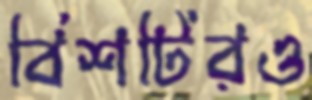
বিশটিরও